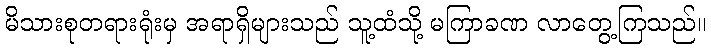
မိသားစုတရားရုံးမှ အရာရှိများသည် သူ့ထံသို့ မကြာခဏ လာတွေ့ကြသည်။